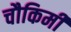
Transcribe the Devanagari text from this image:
चौकिमी